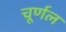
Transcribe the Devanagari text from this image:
चूर्णल